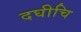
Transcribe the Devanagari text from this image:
दघीचि